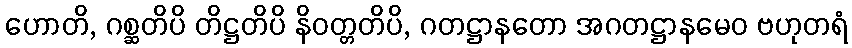
ဟောတိ, ဂစ္ဆတိပိ တိဋ္ဌတိပိ နိဝတ္တတိပိ, ဂတဋ္ဌာနတော အဂတဋ္ဌာနမေဝ ဗဟုတရံ